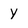
Character: Y